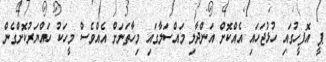
ޕީ އޮފީހުގައި ހުޅުޖަހައި އެއްކޮށް އަންދާލި މައްސަލާގައި މިހާތަނަށް އެއްވެސް މީހަކު ހައްޔަރުކޮށްގެން